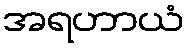
အရဟာယံ